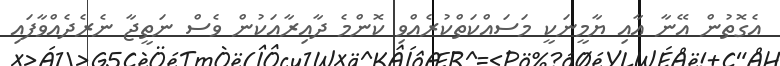
އެގޮތުން އޭނާ އާއި ޔާމީނަކީ މަސައްކަތްކުރެއްވި ކޮންމެ ދާއިރާއަކުން ވެސް ނަތީޖާ ނެރެދެއްވާފައި